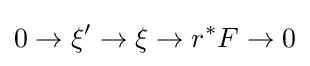
0\to \xi '\to \xi \to r^{*}F\to 0